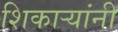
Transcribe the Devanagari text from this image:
शिकाऱ्यांनी